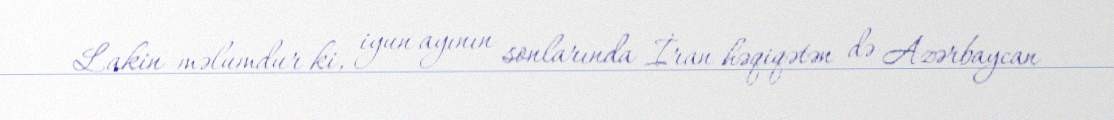
Lakin məlumdur ki, iyun ayının sonlarında İran həqiqətən də Azərbaycan